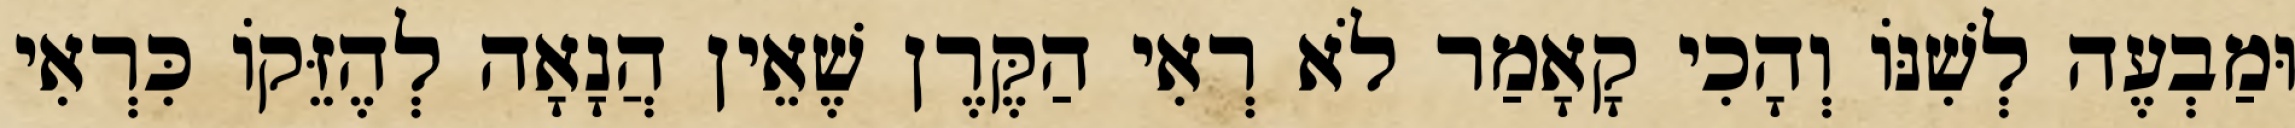
וּמַבְעֶה לְשִׁנּוֹ וְהָכִי קָאָמַר לֹא רְאִי הַקֶּרֶן שֶׁאֵין הֲנָאָה לְהֶזֵּקוֹ כִּרְאִי